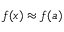
f ( x ) \approx f ( a )